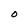
Character: O